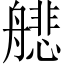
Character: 𫇟